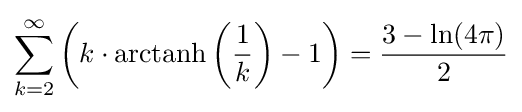
\sum _{k=2}^{\infty }\left(k\cdot \operatorname {arctanh} \left({\frac {1}{k}}\right)-1\right)={\frac {3-\ln(4\pi )}{2}}